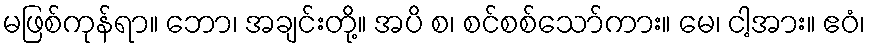
မဖြစ်ကုန်ရာ။ ဘော၊ အချင်းတို့။ အပိ စ၊ စင်စစ်သော်ကား။ မေ၊ ငါ့အား။ ဧဝံ၊